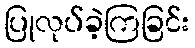
ပြုလုပ်ခဲ့ကြခြင်း